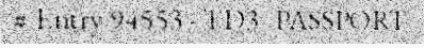
# Entry 94553 - TD3_PASSPORT